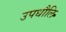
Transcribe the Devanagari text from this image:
उपधौलि